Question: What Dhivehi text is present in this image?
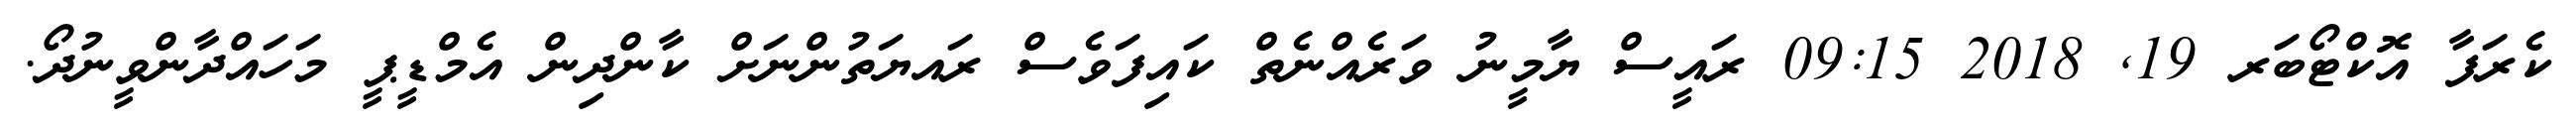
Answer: ކެރަފާ އޮކްޓޯބަރ 19, 2018 09:15 ރައީސް ޔާމީނު ވަރެއްނެތް ކައިފަވެސް ރައޔަތުންނަށް ކާންދިން އެމްޑީޕީ މަހައްދާންވީނުދޯ.